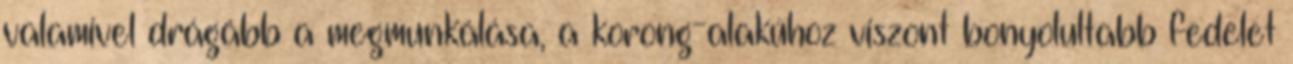
valamivel drágább a megmunkálása, a korong-alakúhoz viszont bonyolultabb fedelet